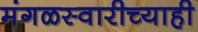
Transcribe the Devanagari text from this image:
मंगळस्वारीच्याही